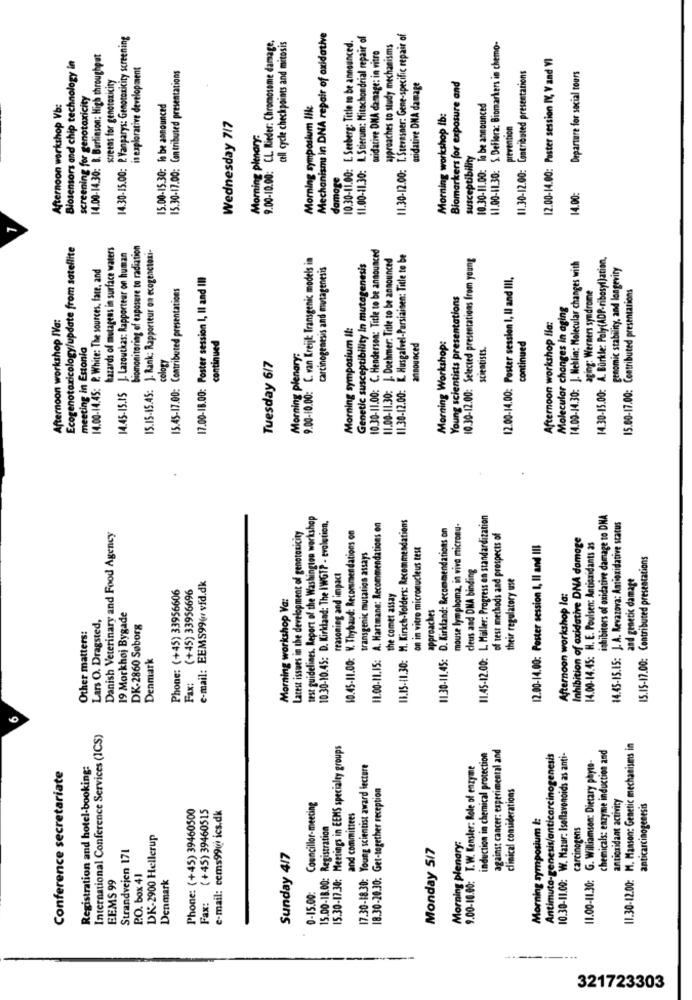
14.30-15.00: P. Vanparys: Genotoxicity screening
9.00-10.00: CL. Rieder: Chromosome damage,
all cycle checkpoints and mitosis
Mechanisms in DNA repair of oxidative
10.30-11.00: E. Serberg: Title to be announced.
11.00-11.30: IL Stierum: Mitochondrial repair of
11.30-12.00: T.Sternsner: Gene-specific repair of
oxidative DNA damage: in vitro
approaches to study mechanisms
11.00-11.30: S. Deflera: Biomarkers in chemo-
Biosensors and chip technology in
14.00-14.30: B. Burlinson: High throughput
12.00-14.00: Poster session IV, Vand VI
in explorative development
11.30-12.00: Contributed presentations
screens for genotoxicity
15.30-17.00: Contributed presentations
Departure for social tours
unidative DNA damage
Biomarkers for exposure and
screening for genotoxicity
Afternoon workshop Vb:
15.00-15.30: To be announced
Morning symposium Ikke
10.30-11.00: To be announced
Morning workshop Ib:
Wednesday 7/7
prevention
Morning plenary:
susceptibility
damage
14.00:
Ecogenotoxicology/update from satellite
hazards of mutagens in surface waters
biomonitoring of exposure to radiation
15.15-15.45: J. Rank: Rapporteur on ecogencioni-
10.30-11.00: C. Henderson: Title to be announced
14.45-15.15 J. Lazoutkas: Rapporteur on human
9.00-10.00: C. van Kreijk: Transgenic models in
11.00-11.30: J. Dochmer: Title to be announced
L Husgafvel-Pursiainen: Title to be
10.30-12.00: Selected presentations from young
14.30-15.00: A. Burkle: Poly(ADP-ribosyl)ation,
14.00-14.45: P. White: The sources, fare, and
carcinogenesis and mutagenesis
Genetic susceptibility In mutagenesis
14.00-14.30: J. Neblin: Molecular changes with
genomic stability, and longevity
17.00-18.00: Poster session 1, Il and III
12.00-14.00: Poster session I, Il and III,
15.45-17.00: Contributed presentations
aging: Werners syndrome
15.00-17.00: Contributed presentarions
Young scientists presentations
Molecular changes in aging
Afternoon workshop IVa:
Morning symposium Il:
Afternoon workshop Ila:
Morning Workshop:
meeting in Estonia
continued
announced
scientists.
continued
cology
Morning plenary:
Tuesday 6/7
11.30-12.00:
test guidelines. Report of the Washington workshop
16.15-11.30: M. Kirsch-Volders: Recommendations
11.45-12.00: L. Müller: Progress en standardization
inhibitors of oxidative damage to DNA
14.45-15.15: J. A. Revazova: Antioxidative status
10.30-10.45: D. Kirkland: The IWGT? - evolution.
10.45-11.00: V. Thybaud: Recommendations on
11.00-11.15: A. Hartmane: Recommendations on
11.30-11.45: D. Kirkland: Recommendations on
mouse lymphoma, in vive micronu-
Danish Veterinary and Food Agency
Latest issues in the development of genotoxicity
of test methods and prospects of
Inhibition of oxidative DNA damage
on in vitro micronucleus test
12.00-14.00: Poster session 1, Il and III
14.00-14.45: H. E. Poulsen: Antioxidants as
transgenic mutation assays
15.15-17.00: Contributed presentations
cleus and DNA binding
e-mail: EEMS99(w vfd.dk
reasoning and impact
their regulatory use
and genetic damage
Phone: (+45) 33956606
Fax: (+45) 33956696
Morning workshop Va:
the comet assay
Afternoon workshop la:
approaches
Lars O. Dragsted,
19 Morkhøj Bygade
Other matters:
DK-2860 Søborg
Denmark
International Conference Services (ICS)
15.30-17.30: Meetings in EEMS specialty groups
against cancer: experimental and
11.30-12.00: M. Manson: Genetic mechanisms in
induction in chemical protection
Antimuto-genesis/anticarcinogenesis
10.30-11.00: W. Mazur: Iseflavonoids as anti-
chemicals: enzyme induction and
Registration and hotel-booking:
17.30-18.30: Young scientist award lecture
9.00-10.00: T.W. Kensler: Role of enzyme
G. Williamson: Dietary phyto-
Conference secretariate
18.30-20.30. Get-together reception
clinical considerations
anticuidant activity
Phone: (+45) 39460500
(+45) 39460515
Councillor-meeting
anticarcinogenesis
e-mail: cems990 ics.dk
and committees
Morning symposium I:
15.00-18.00: Registration
carcinogens
DK-2900 Hellerup
Morning plenary:
Strandvejen 171
Monday 5/7
Sunday 417
EEMS 99
P.O. box 41
11.00-11.30:
Denmark
0-15.00:
Fax:
321723303